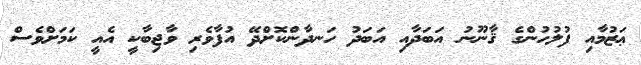
ޢަޒުމާއި ފުލުހުންގެ ޤާނޫނު އަބަދާއި އަބަދު ހަނދާންކޮށްދޭ އުފާވެރި ވާޖިބާކީ އެއީ ކަމަށްވެސް